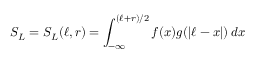
S _ { L } = S _ { L } ( \ell , r ) = \int _ { - \infty } ^ { ( \ell + r ) / 2 } f ( x ) g ( | \ell - x | ) ~ \! d x